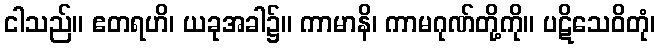
ငါသည်။ ဧတရဟိ၊ ယခုအခါ၌။ ကာမာနိ၊ ကာမဂုဏ်တို့ကို။ ပဋိသေဝိတုံ၊